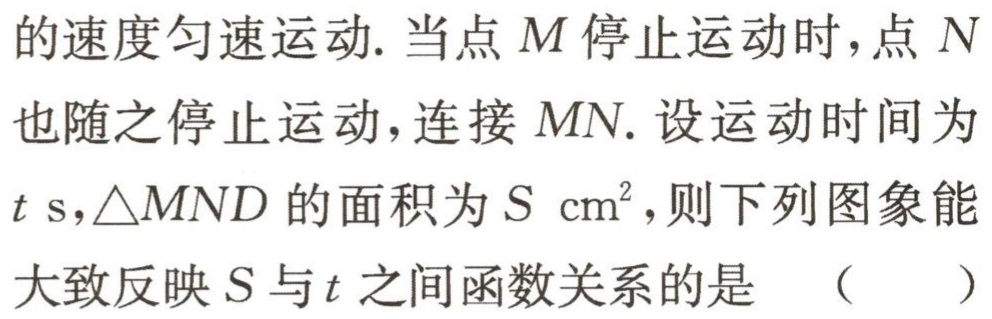
的速度匀速运动. 当点\(M\)停止运动时，点\(N\)也随之停止运动，连接\(MN\). 设运动时间为\(t\mathrm{ s}\)，\(\triangle MND\)的面积为\(S\mathrm{ cm}^{2}\)，则下列图象能大致反映\(S\)与\(t\)之间函数关系的是 （  ）